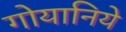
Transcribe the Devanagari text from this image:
गोयानिये